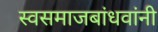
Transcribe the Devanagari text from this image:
स्वसमाजबांधवांनी